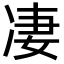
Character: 凄